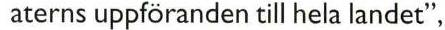
aterns uppföranden till hela landet",